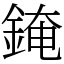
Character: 䤶